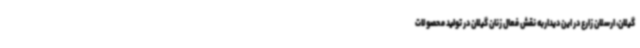
گیلان، ارسلان زارع در این دیداربه نقش فعال زنان گیلان در تولید محصولات